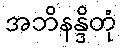
အဘိနန္ဒိတုံ